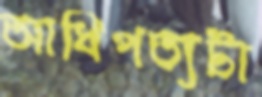
আধিপত্যটা